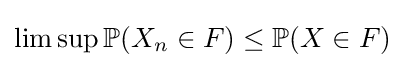
\lim \sup \mathbb {P} (X_{n}\in F)\leq \mathbb {P} (X\in F)